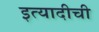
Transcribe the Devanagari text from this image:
इत्यादीची